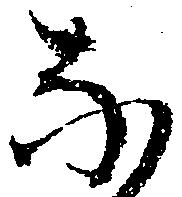
な